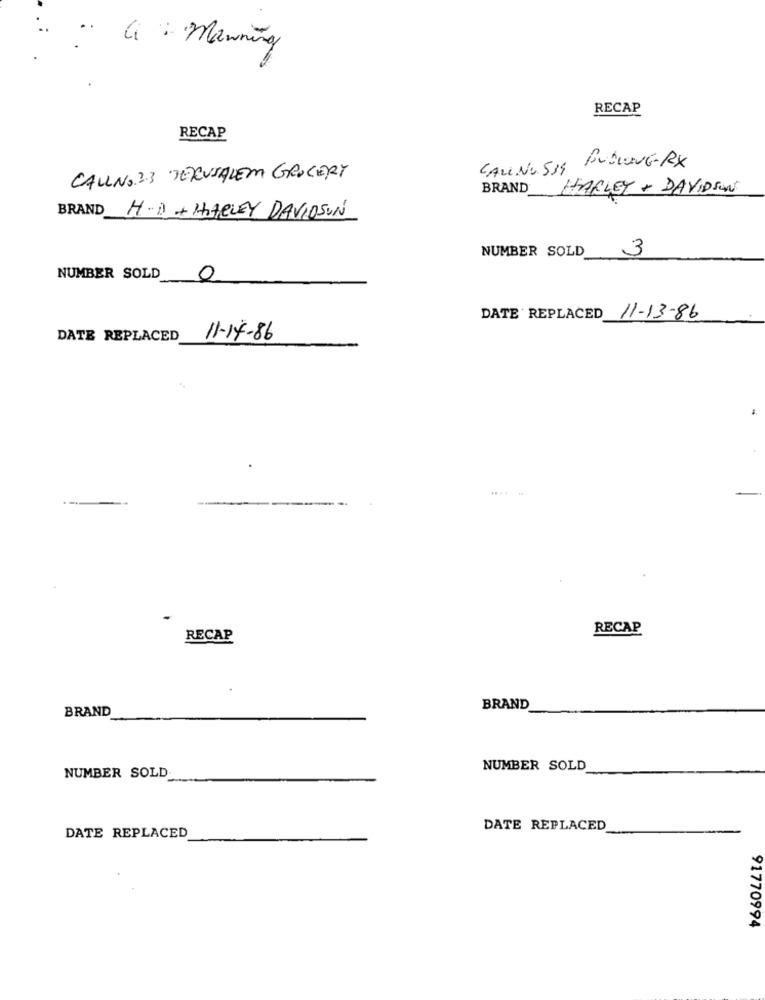
C : Manning
RECAP
RECAP
CALL.NO. 534
BUSLONG-RX
CALLNO 23 JERUSALEM GROCERY
BRAND
HARLEY-DAVIDSON
BRAND H.D + HARLEY DAVIDSON
NUMBER SOLD
3
NUMBER SOLD
0
DATE REPLACED 11-13-86
DATE REPLACED
11-14-86
.....
RECAP
RECAP
BRAND
BRAND
NUMBER SOLD
NUMBER SOLD
DATE REPLACED
DATE REPLACED
91770994